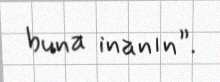
buna inanın”.